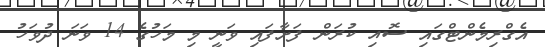
އެގްރިމެންޓްގައި ސޮއި ކުރަން ފަށާފައި ވަނީ މި މަހުގެ 14 ވަނަ ދުވަހު